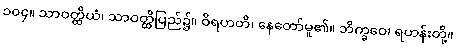
၁၀၄။ သာဝတ္ထိယံ၊ သာဝတ္ထိပြည်၌။ ဝိရဟတိ၊ နေတော်မူ၏။ ဘိက္ခဝေ၊ ရဟန်းတို့။